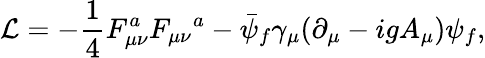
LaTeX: {\cal L}=-{\frac{1}{4}}F_{\mu\nu}^{a}{F_{\mu\nu}}^{a}-\bar{\psi}_{f}\gamma_{\mu}(\partial_{\mu}-igA_{\mu})\psi_{f},